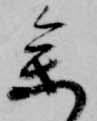
参